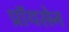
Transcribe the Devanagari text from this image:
प्रॉयसेन